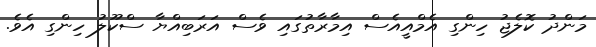
މަންދު ކޮލެޖު ހިންގި އެމްއީއެސް އިމާރާތުގައި ވެސް އަރަބިއްޔާ ސްކޫލު ހިންގި އެވެ.